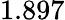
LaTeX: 1.897